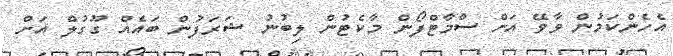
އެހެންކަމުން ވާވޭ އަށް ސްމާޓްފޯން މާކެޓުން ލިބުނު ޝަރަފުން ބައެއް ގޫގުލް އަށް